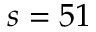
s = 5 1